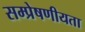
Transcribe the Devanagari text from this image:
सम्‍प्रेषणीयता